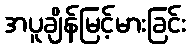
အပူချိန်မြင့်မားခြင်း